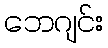
ဘေဂျင်း